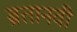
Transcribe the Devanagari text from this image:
ब्रतानवी